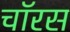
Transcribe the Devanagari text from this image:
चॉरस